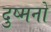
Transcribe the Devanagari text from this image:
दुष्मनों